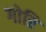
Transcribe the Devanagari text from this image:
गोरि